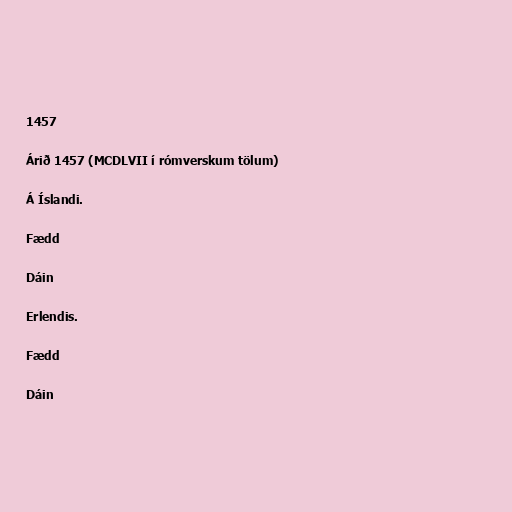
1457

Árið 1457 (MCDLVII í rómverskum tölum)

Á Íslandi.

Fædd

Dáin

Erlendis.

Fædd

Dáin